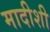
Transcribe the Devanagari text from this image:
मादीशी